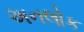
અનલોક